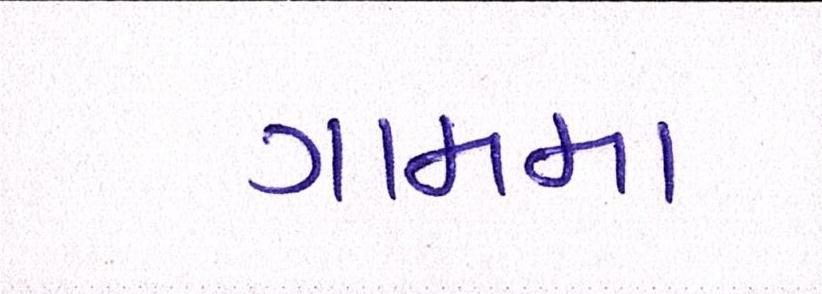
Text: ગામમા